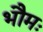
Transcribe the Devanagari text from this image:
भौमः